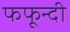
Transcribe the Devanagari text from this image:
फफून्दी